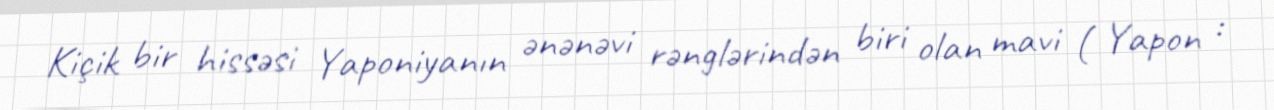
Kiçik bir hissəsi Yaponiyanın ənənəvi rənglərindən biri olan mavi ( Yapon :